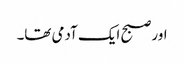
اور صبح ایک آدمی تھا۔